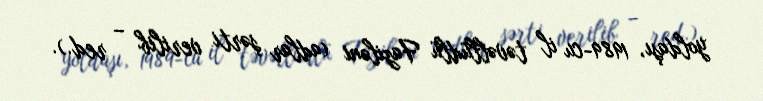
yoldaşı, 1989-cu il təvəllüdlü Faziləni (adlar şərti verilib – red.).